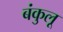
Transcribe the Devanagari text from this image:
बंकुलू